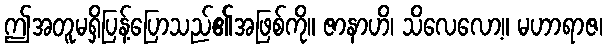
ဤအတူမရှိပြန့်ပြောသည်၏အဖြစ်ကို။ ဇာနာဟိ၊ သိလေလော့။ မဟာရာဇ၊